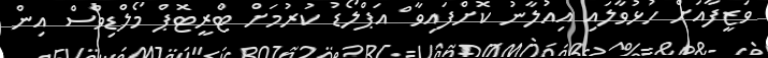
ވަޒީފާއަށް ހުޅުވާލައި އިއުލާނު ކޮށްފައިވާ ް އަޕްލޯޑު ކުރުމަށް ޓްރީޓޮޕް މޯލްޑިވްސް އިން